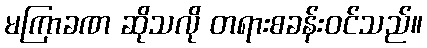
မကြာခဏ ဆိုသလို တရားစခန်းဝင်သည်။